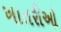
ખાતરીઓ